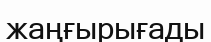
жаңғырығады